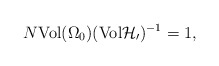
\begin{align*}N\mbox{Vol}(\Omega_0)(\mbox{Vol} {\cal H_0})^{-1} = 1,\end{align*}